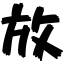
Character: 放